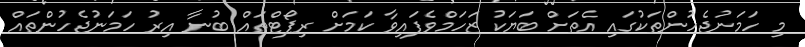
މި ހަމަނުޖެހުންތަކުގައި އެތަށް ބަޔަކު ޒަހަމްވެފައިވާ ކަމަށް ރިޕޯޓްތަައް ބުނާ އިރު ހަމަނުޖެހުންތައް